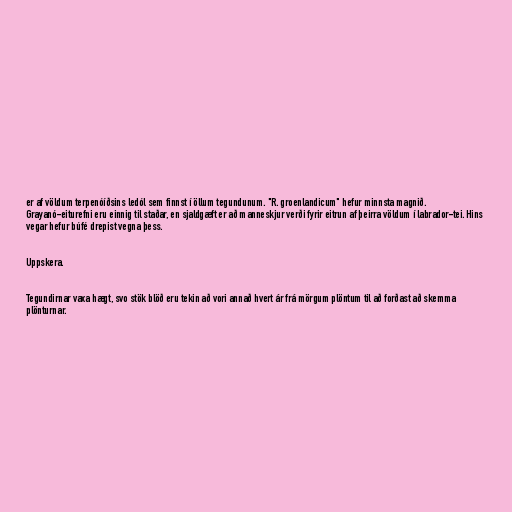
er af völdum terpenóíðsins ledól sem finnst í öllum tegundunum. "R. groenlandicum" hefur minnsta magnið.
Grayanó-eiturefni eru einnig til staðar, en sjaldgæft er að manneskjur verði fyrir eitrun af þeirra völdum í labrador-tei. Hins
vegar hefur búfé drepist vegna þess.

Uppskera.

Tegundirnar vaxa hægt, svo stök blöð eru tekin að vori annað hvert ár frá mörgum plöntum til að forðast að skemma
plönturnar.